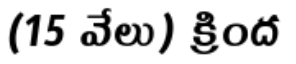
(15 వేలు) క్రింద